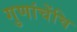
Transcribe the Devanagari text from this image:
गुणांचेंचि